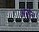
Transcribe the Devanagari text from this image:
अर्सेल